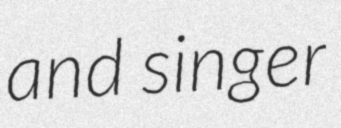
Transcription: and singer